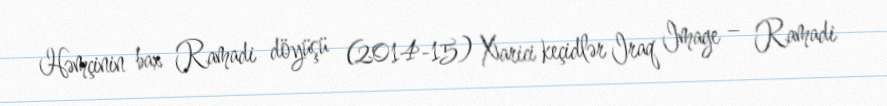
Həmçinin bax Ramadi döyüşü (2014-15) Xarici keçidlər Iraq Image – Ramadi